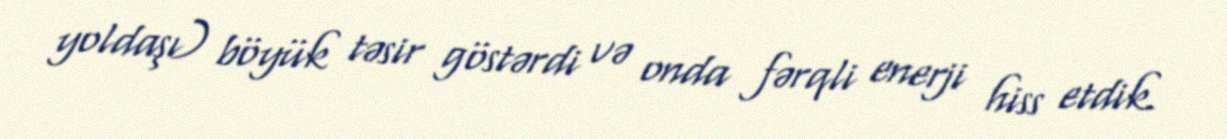
yoldaşı) böyük təsir göstərdi və onda fərqli enerji hiss etdik.